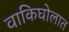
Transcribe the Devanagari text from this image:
वाकिघोलात